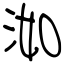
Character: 洳